Report of cholera committee
Disease focus: Cholera
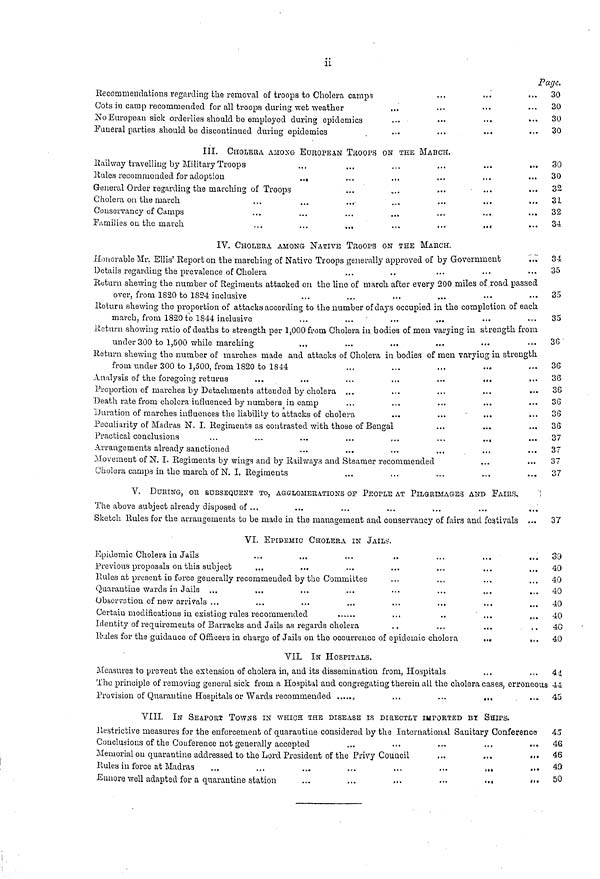
ii
Page.
Recommendations regarding the removal of troops to Cholera camp?
•••
•••
•••
Cots in camp recommended for all troops during wet weather
2io Europeau sick orderlies should be employed during epidemics
...
•••
•••
••*
Funeral parties should be discontinued during epidemics
III. Cl-IOLEßA A3IONG- EUROPEAN TROOPS ON THE MARCH.
Railway travelling by Military Troops
Rules recommended for adoption
„ 0
...
...
•••
•••
•••
General Order regarding the mat'ching of Troops
Cholera on the march
.,.
...
...
...
•••
•••
•••
Conservancy of Camps
Families on the march
,,.
...
...
...
..•
••«
IV. CHOLERA AMONO NATIVE TROOPS ON THE MARCH.
Honorable Mr. Ellis' Report on the marching of Native Troops generally approved of by Government
Details regardiug the prevalence of Cholera
lieturn shewing the number of Regiments attacked on the line of march after every 200 miles of road passed
over, from 1820 to 1824 inclusive
ltolurn shewing the proportion of attacks according to the number of days occupied in the completion of each
inarch, from 1820 to 1S44 inclusive
Return showing ratio of deaths to strength per 1,000 from Cholera in bodies of men varying in strength from
under 300 to 1,500 while marching
lieturn shewing the number of marches made and attacks of Cholera in bodies of men varying in strength
from under 300 to 1,500, from 1820 to 1844
Analysis of the foregoing retaros
...
...
...
...
•••
•••
Proportion of marches by Detachments attended by cholera ...
...
...
•••
•••
Death rate from cholera influenced by numbers in camp
...
...
•••
•••
•••
Duration of marches influences the liability to attacks of cholera
Peculiarity of Madras N. I. Regiments as contrasted with those of Bengal
Practical conclusions
...
...
...
...
„.
...
...
Arrangements already sanctioned
...
...
...
...
...
•••
Movement of N. I. Regiments by wings and by Railways and Steamer recommended
Cholera camp.s in the march of N. I. Regiments
...
...
...
...
...
V. DURING, OR SUBSEQUENT TO, AGGLOMÉRATIONS OF PEOPLE AT PILGRIMAGES AND FAIRS.
The above subject already disposed of...
...
...
...
...
...
...
Sketch Rules for the arrangements to be made in the management and conservancy of fairs and festivals ...
VI. EPIDEMIC CHOLERA IN JAILS.
Epidemic Cholera in Jails
Previous proposals on this subject;
...
...
...
•>•
•••
...
...
Rules at present in force generally recommended by the Committee
Quarantine wards in Jails ...
...
Observation of new arrivals ...
Certain modifications in existing rules recommended
...
..
...
...
Identity of requirements of Barracks and Jails as regards cholera
Hules for the guiclauce of Officers in charge of Jails on the occurrence of epidemic cholera
...
...
VII. IN HOSPITALS.
Measures to prevent the extension of cholera in, and its dissemination from, Hospitals
30
30
30
30
30
30
32
31
32
34
34
35
35
35
36
36
36
36
36
36
36
37
37
37
37
37
39
40
40
40
40
40
40
40
U
The principle of removing general sick from a Hospital and congregating therein all the cholera cases, erroneous 44
Provision of Quarantine Hospitals or Wards recommended
¡
...
...
«.<
VIII. IN SEAPORT TOWNS IN WHICH THE DISEASE IS DiaECTLT IMPORTED BT SHIPS.
Restrictive measures for the enforcement of quarantine considered by the International Sanitary Conference
Conclusions of the Conference not generally accepted
Memorial on quarantine addressed to the Lord President of the Privy Council
...
...
•••
Rules iu force at Madras
...
...
...
...
...
•••
•«»
"•
Ennore well adapted for a quarantine station
...
...
>••
•••
•••
"•
45
45
46
46
40
50